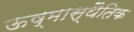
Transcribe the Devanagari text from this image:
ऊष्मास्थैतिक